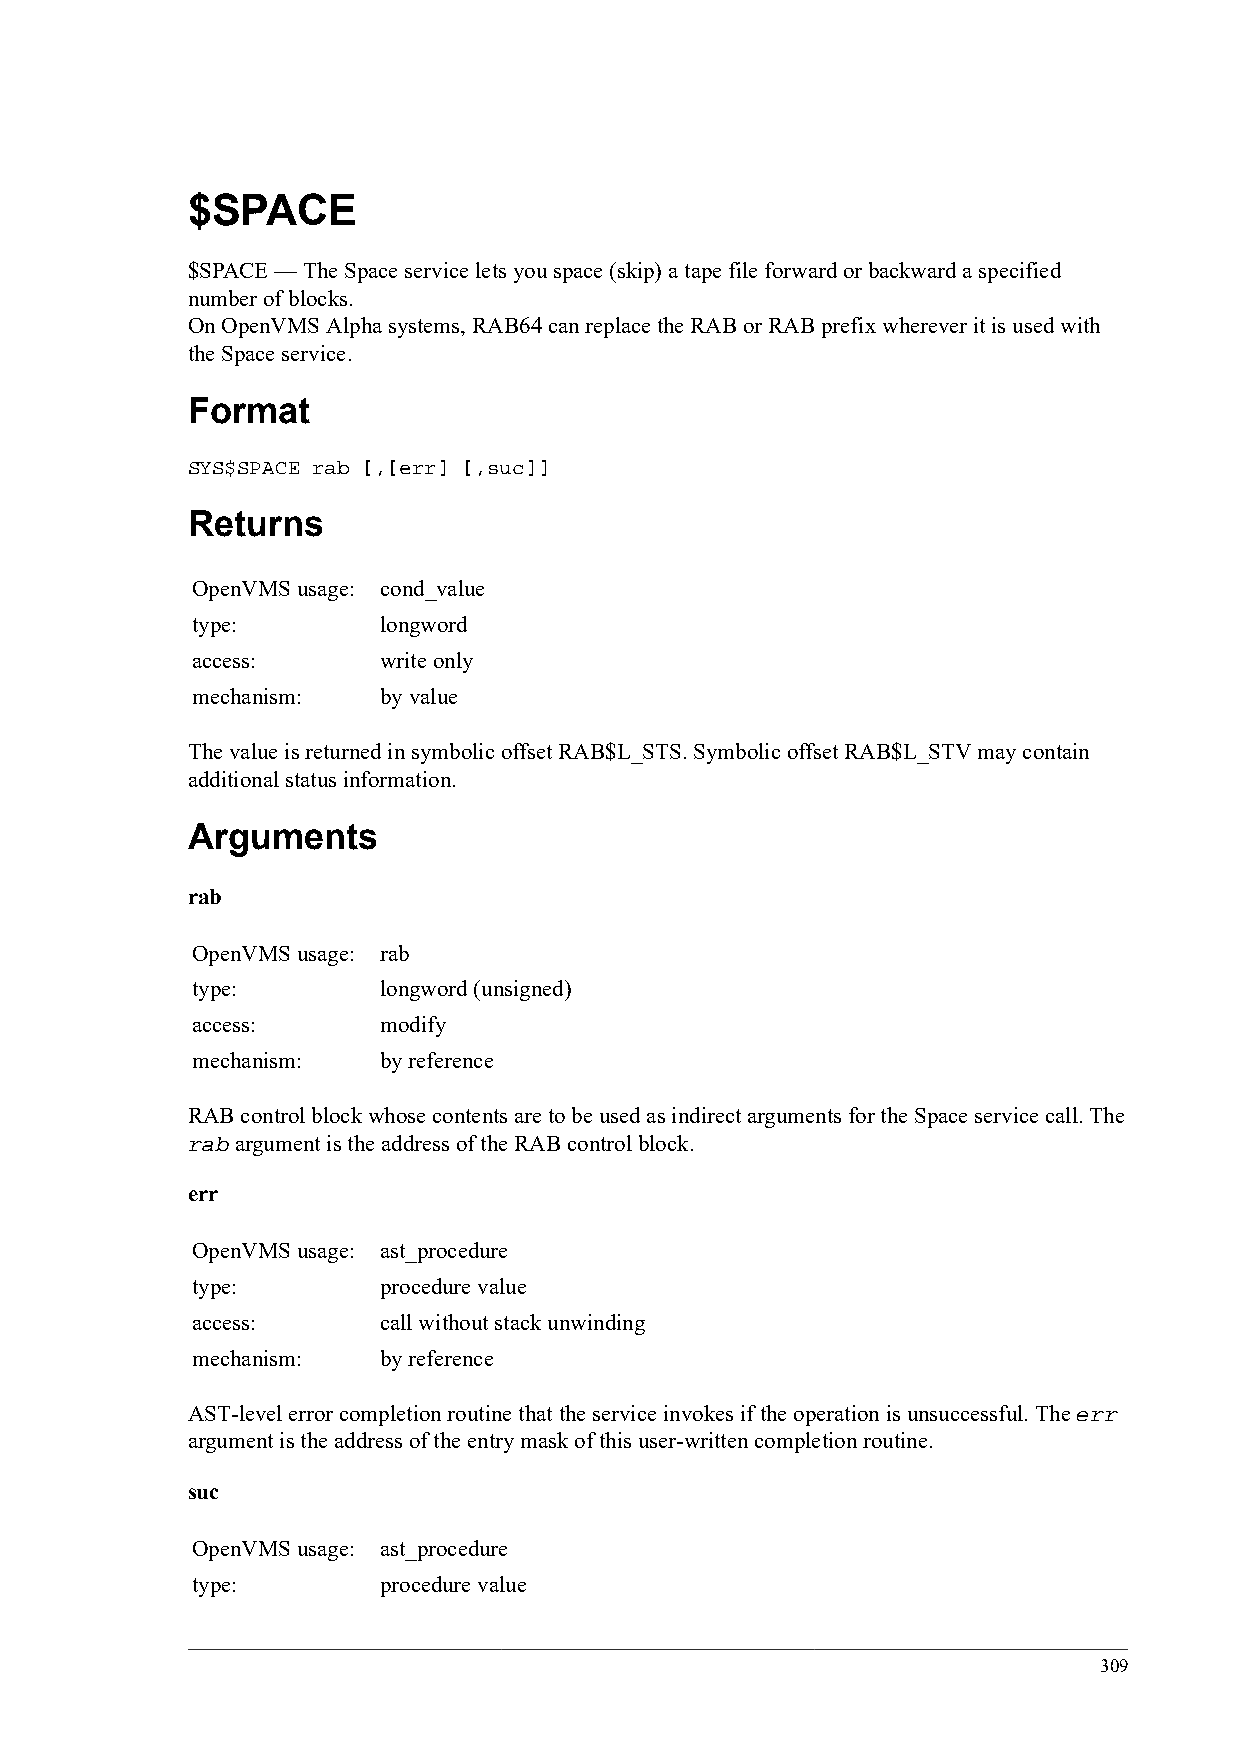
$SPACE
 $SPACE — The Space service lets you space (skip) a tape file forward or backward a specified
 number of blocks.
 On OpenVMS Alpha systems, RAB64 can replace the RAB or RAB prefix wherever it is used with
 the Space service.
 Format
 SYS$SPACE rab [,[err] [,suc]]
 Returns
 OpenVMS usage: cond_value
 type:       longword
 access:     write only
 mechanism:  by value
 The value is returned in symbolic offset RAB$L_STS. Symbolic offset RAB$L_STV may contain
 additional status information.
 Arguments
 rab
 OpenVMS usage: rab
 type:       longword (unsigned)
 access:     modify
 mechanism:  by reference
 RAB control block whose contents are to be used as indirect arguments for the Space service call. The
 rab argument is the address of the RAB control block.
 err
 OpenVMS usage: ast_procedure
 type:       procedure value
 access:     call without stack unwinding
 mechanism:  by reference
 AST-level error completion routine that the service invokes if the operation is unsuccessful. The err
 argument is the address of the entry mask of this user-written completion routine.
 suc
 OpenVMS usage: ast_procedure
 type:       procedure value
 309